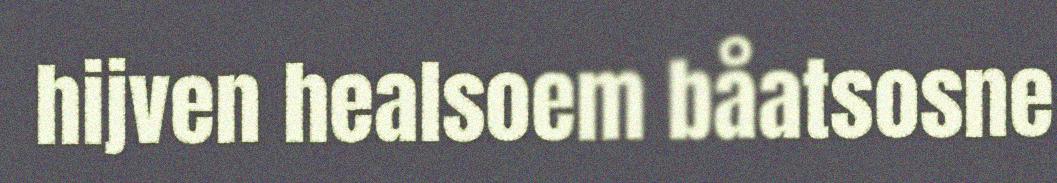
hijven healsoem båatsosne